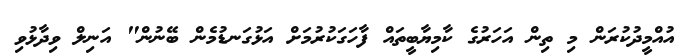
އުއްމީދުކުރަން މި ތިން އަހަރުގެ ކާމިޔާބީތައް ފާހަގަކުރުމަށް އަޅުގަނޑުމެން ބޭނުން" އަނިލް ވިދާޅުވި